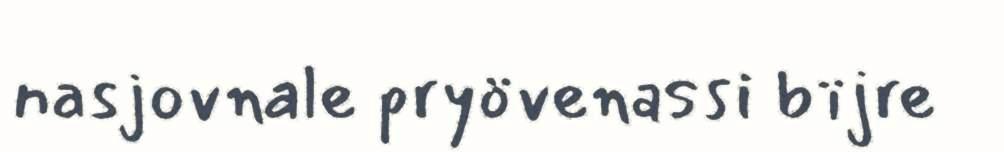
nasjovnale pryövenassi bïjre